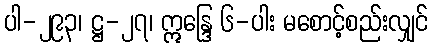
ပါ-၂၉၃၊ ဋ္ဌ-၂၇၊ ဣန္ဒြေ ၆-ပါး မစောင့်စည်းလျှင်